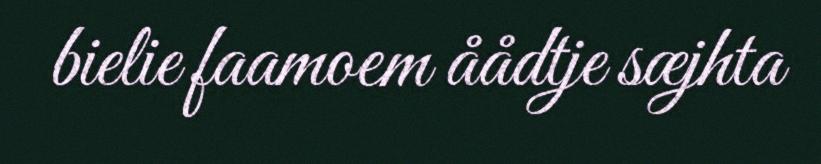
bielie faamoem åådtje sæjhta